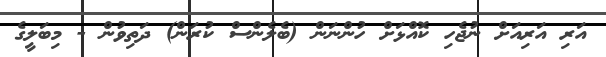
އަރި އަރިއަށް ނުޖެހި ކޮއްޅަށް ހުންނަން (ބެލެންސް ކުރަން) ދަތިވުން - މިބަލީގެ